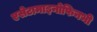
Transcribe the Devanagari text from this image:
एसेटामाइनोफिनभी